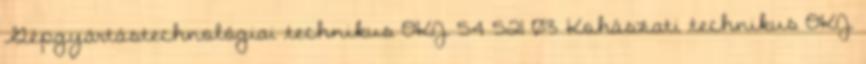
Gépgyártástechnológiai technikus OKJ 54 521 03 Kohászati technikus OKJ